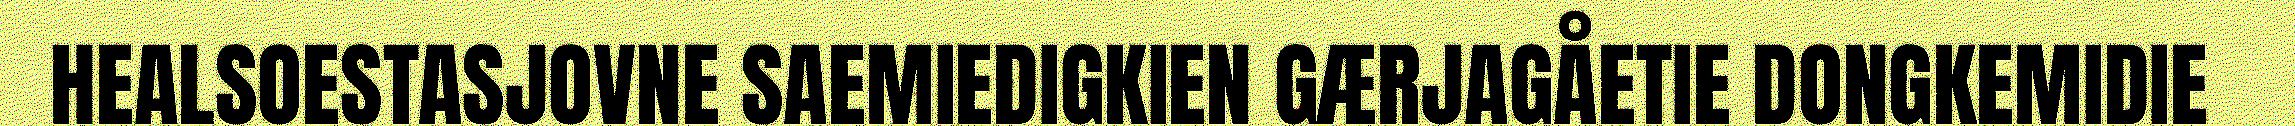
HEALSOESTASJOVNE SAEMIEDIGKIEN GÆRJAGÅETIE DONGKEMIDIE